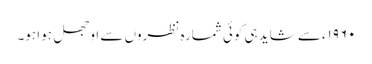
۱۹۶۰ء سے شاید ہی کوئی شمارہ نظروں سے اوجھل ہوا ہو۔